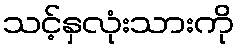
သင့်နှလုံးသားကို